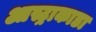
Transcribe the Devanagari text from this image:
आस्ट्राकाडा